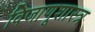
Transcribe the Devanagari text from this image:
विजाणूशास्त्र